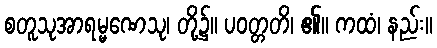
စတူသုအာရမ္မဏေသု၊ တို့၌။ ပဝတ္တတိ၊ ၏။ ကထံ၊ နည်း။